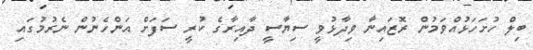
ބިލް ހުށަހަޅުއްވަމުން ރޮޒައިނާ ވިދާޅުވީ ސިޔާސީ ދާއިރާގެ ކުރީ ސަފަށް އަންހެނުން ނެރުމުގައި